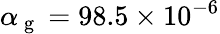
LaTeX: \alpha_{\mathrm{~g~}}=98.5\times 10^{-6}